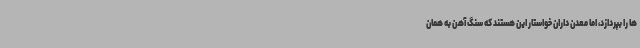
ها را بپردازد، اما معدن داران خواستار این هستند که سنگ آهن به همان